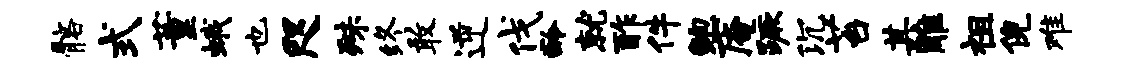
髂式董蛾也咫殊终敢逆伐龄就酢件鲍庵蹶沉苔其雕祖倪难